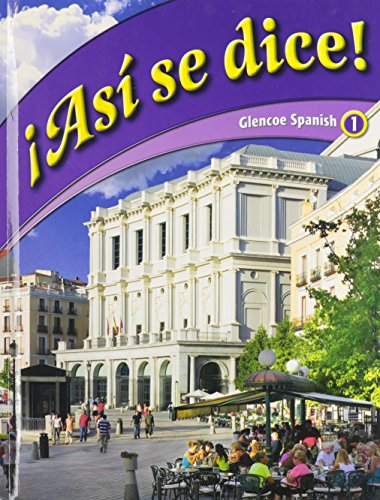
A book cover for Asi se dice!, Glencoe Spanish 1 (Spanish Edition); Conrad J. Schmitt; Teen & Young Adult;